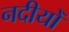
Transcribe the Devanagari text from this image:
नदीयोँ